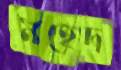
মহেদ